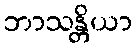
ဘာသန္တိယာ